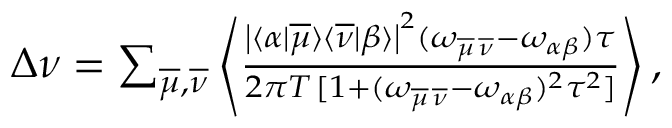
\begin{array} { r } { \Delta \nu = \sum _ { \overline { { \mu } } , \overline { { \nu } } } \left\langle \frac { \left| \langle \alpha | \overline { { \mu } } \rangle \langle \overline { { \nu } } | \beta \rangle \right| ^ { 2 } ( \omega _ { \overline { { \mu } } \, \overline { { \nu } } } - \omega _ { \alpha \beta } ) \tau } { 2 \pi T \, [ 1 + ( \omega _ { \overline { { \mu } } \, \overline { { \nu } } } - \omega _ { \alpha \beta } ) ^ { 2 } \tau ^ { 2 } ] } \right\rangle , } \end{array}